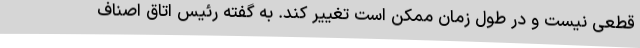
قطعی نیست و در طول زمان ممکن است تغییر کند. به گفته رئیس اتاق اصناف